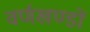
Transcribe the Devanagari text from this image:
वर्णखण्डों